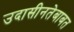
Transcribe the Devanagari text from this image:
उदासीनतेबाबत